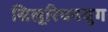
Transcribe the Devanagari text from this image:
सिलूरियनयुग